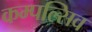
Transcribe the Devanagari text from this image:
कम्पल्सिव